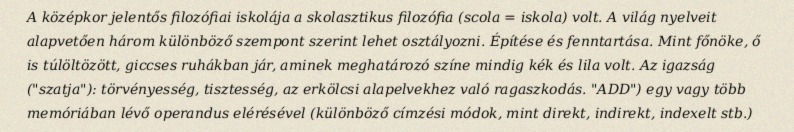
A középkor jelentős filozófiai iskolája a skolasztikus filozófia (scola = iskola) volt. A világ nyelveit alapvetően három különböző szempont szerint lehet osztályozni. Építése és fenntartása. Mint főnöke, ő is túlöltözött, giccses ruhákban jár, aminek meghatározó színe mindig kék és lila volt. Az igazság ("szatja"): törvényesség, tisztesség, az erkölcsi alapelvekhez való ragaszkodás. "ADD") egy vagy több memóriában lévő operandus elérésével (különböző címzési módok, mint direkt, indirekt, indexelt stb.)